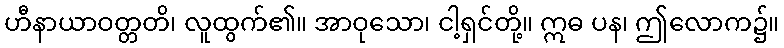
ဟီနာယာဝတ္တတိ၊ လူထွက်၏။ အာဝုသော၊ ငါ့ရှင်တို့။ ဣဓ ပန၊ ဤလောက၌။